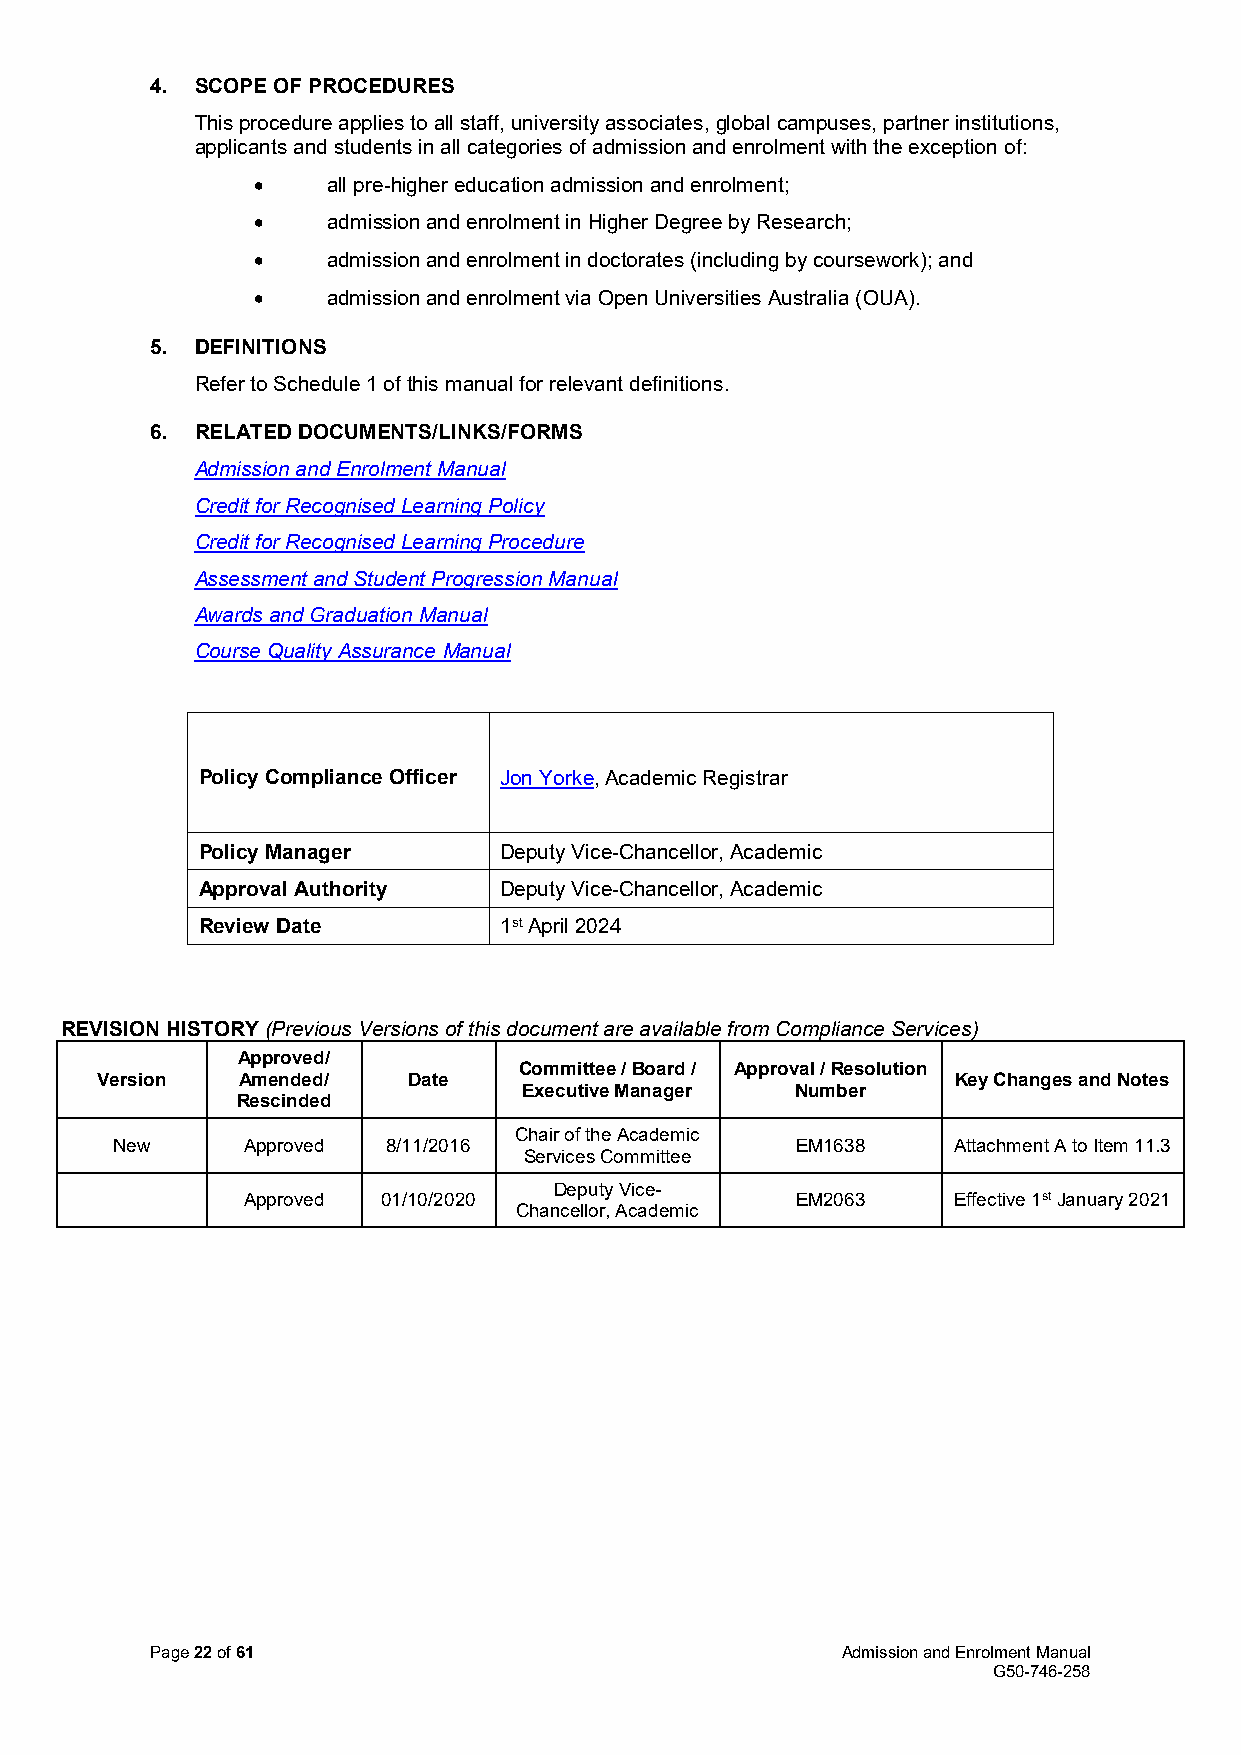
4. SCOPE OF PROCEDURES
 This procedure applies to all staff, university associates, global campuses, partner institutions,
 applicants and students in all categories of admission and enrolment with the exception of:
 •    all pre-higher education admission and enrolment;
 •    admission and enrolment in Higher Degree by Research;
 •    admission and enrolment in doctorates (including by coursework); and
 •    admission and enrolment via Open Universities Australia (OUA).
 5. DEFINITIONS
 Refer to Schedule 1 of this manual for relevant definitions.
 6. RELATED DOCUMENTS/LINKS/FORMS
 Admission and Enrolment Manual
 Credit for Recognised Learning Policy
 Credit for Recognised Learning Procedure
 Assessment and Student Progression Manual
 Awards and Graduation Manual
 Course Quality Assurance Manual
 Policy Compliance Officer Jon Yorke, Academic Registrar
 Policy Manager      Deputy Vice-Chancellor, Academic
 Approval Authority  Deputy Vice-Chancellor, Academic
 Review Date         1st April 2024
 REVISION HISTORY (Previous Versions of this document are available from Compliance Services)
 Approved/
 Committee / Board / Approval / Resolution
 Version   Amended/   Date                                Key Changes and Notes
 Executive Manager Number
 Rescinded
 Chair of the Academic
 New      Approved  8/11/2016                  EM1638    Attachment A to Item 11.3
 Services Committee
 Deputy Vice-
 Approved 01/10/2020                  EM2063    Effective 1st January 2021
 Chancellor, Academic
 Page 22 of 61                                 Admission and Enrolment Manual
 G50-746-258